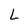
Character: L